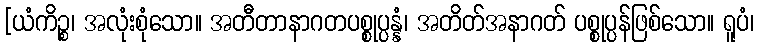
[ယံကိဉ္စ၊ အလုံးစုံသော။ အတီတာနာဂတပစ္စုပ္ပန္နံ၊ အတိတ်အနာဂတ် ပစ္စုပ္ပန်ဖြစ်သော။ ရူပံ၊